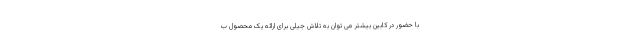
با حضور در کابین بیشتر می توان به تلاش جیلی برای ارائه یک محصول ب